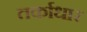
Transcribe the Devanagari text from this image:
तर्काधार